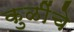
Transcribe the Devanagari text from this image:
कुळींचे